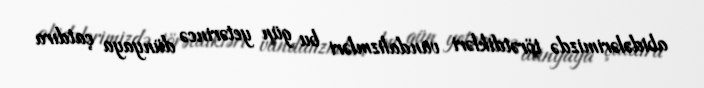
abidələrimizdə törətdikləri vandalizmləri bu gün yetərincə dünyaya çatdıra